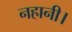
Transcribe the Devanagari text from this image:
नहानी।